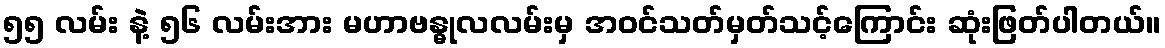
၅၅ လမ်း နဲ့ ၅၆ လမ်းအား မဟာဗန္ဓုလလမ်းမှ အဝင်သတ်မှတ်သင့်ကြောင်း ဆုံးဖြတ်ပါတယ်။